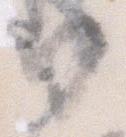
日